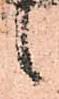
候